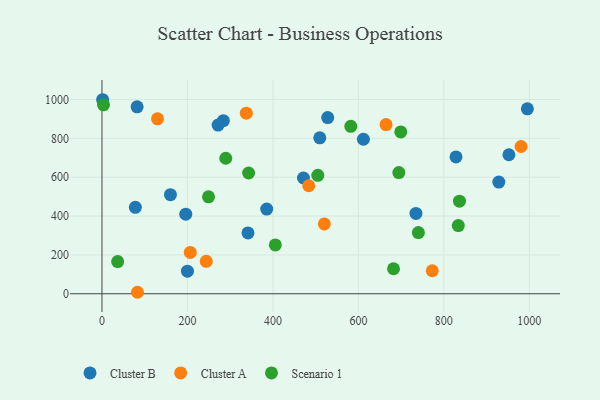
{"axis": {"x": "Ad Spend", "y": "Sales"}, "legend": ["Cluster A", "Cluster B", "Scenario 1"], "data": [{"x": "284.0", "y": 890.7, "type": "Cluster B"}, {"x": "734.7", "y": 413.3, "type": "Cluster B"}, {"x": "82.2", "y": 962.2, "type": "Cluster B"}, {"x": "78.1", "y": 444.8, "type": "Cluster B"}, {"x": "385.4", "y": 436.1, "type": "Cluster B"}, {"x": "160.2", "y": 510.0, "type": "Cluster B"}, {"x": "1.5", "y": 998.6, "type": "Cluster B"}, {"x": "828.4", "y": 704.0, "type": "Cluster B"}, {"x": "196.0", "y": 409.7, "type": "Cluster B"}, {"x": "995.4", "y": 951.8, "type": "Cluster B"}, {"x": "611.7", "y": 795.2, "type": "Cluster B"}, {"x": "271.7", "y": 868.1, "type": "Cluster B"}, {"x": "528.2", "y": 906.6, "type": "Cluster B"}, {"x": "509.6", "y": 802.7, "type": "Cluster B"}, {"x": "952.2", "y": 715.4, "type": "Cluster B"}, {"x": "341.6", "y": 312.9, "type": "Cluster B"}, {"x": "471.4", "y": 595.7, "type": "Cluster B"}, {"x": "928.6", "y": 575.0, "type": "Cluster B"}, {"x": "200.0", "y": 116.4, "type": "Cluster B"}, {"x": "83.0", "y": 7.7, "type": "Cluster A"}, {"x": "980.7", "y": 757.9, "type": "Cluster A"}, {"x": "664.7", "y": 870.6, "type": "Cluster A"}, {"x": "206.6", "y": 213.0, "type": "Cluster A"}, {"x": "483.8", "y": 556.0, "type": "Cluster A"}, {"x": "337.7", "y": 929.5, "type": "Cluster A"}, {"x": "772.8", "y": 118.4, "type": "Cluster A"}, {"x": "244.0", "y": 167.0, "type": "Cluster A"}, {"x": "520.3", "y": 359.5, "type": "Cluster A"}, {"x": "129.9", "y": 900.3, "type": "Cluster A"}, {"x": "740.4", "y": 315.1, "type": "Scenario 1"}, {"x": "289.6", "y": 697.4, "type": "Scenario 1"}, {"x": "699.1", "y": 833.1, "type": "Scenario 1"}, {"x": "3.6", "y": 972.2, "type": "Scenario 1"}, {"x": "694.6", "y": 623.7, "type": "Scenario 1"}, {"x": "682.2", "y": 128.7, "type": "Scenario 1"}, {"x": "582.2", "y": 861.5, "type": "Scenario 1"}, {"x": "405.6", "y": 251.3, "type": "Scenario 1"}, {"x": "36.7", "y": 165.8, "type": "Scenario 1"}, {"x": "343.1", "y": 621.5, "type": "Scenario 1"}, {"x": "249.3", "y": 499.1, "type": "Scenario 1"}, {"x": "833.8", "y": 350.9, "type": "Scenario 1"}, {"x": "505.0", "y": 609.7, "type": "Scenario 1"}, {"x": "836.5", "y": 476.7, "type": "Scenario 1"}]}